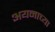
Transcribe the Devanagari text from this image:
अयनाच्या